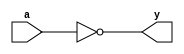
// detect all 0's on the ALU output. 
module zerodetect #(parameter WIDTH = 8)
                   (input [WIDTH-1:0] a, 
                    output            y);
   assign y = (a==0);
endmodule